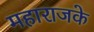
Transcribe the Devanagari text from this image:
महाराजके